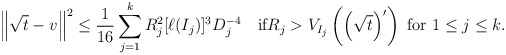
\begin{align*}\left\|\sqrt{t}-v\right\|^2\le\frac{1}{16}\sum_{j=1}^kR_j^2[\ell(I_j)]^3D_j^{-4}\quad\mbox{if}R_j>V_{I_j}\left(\left(\sqrt{t}\right)'\right)\mbox{ for }1\le j\le k.\end{align*}